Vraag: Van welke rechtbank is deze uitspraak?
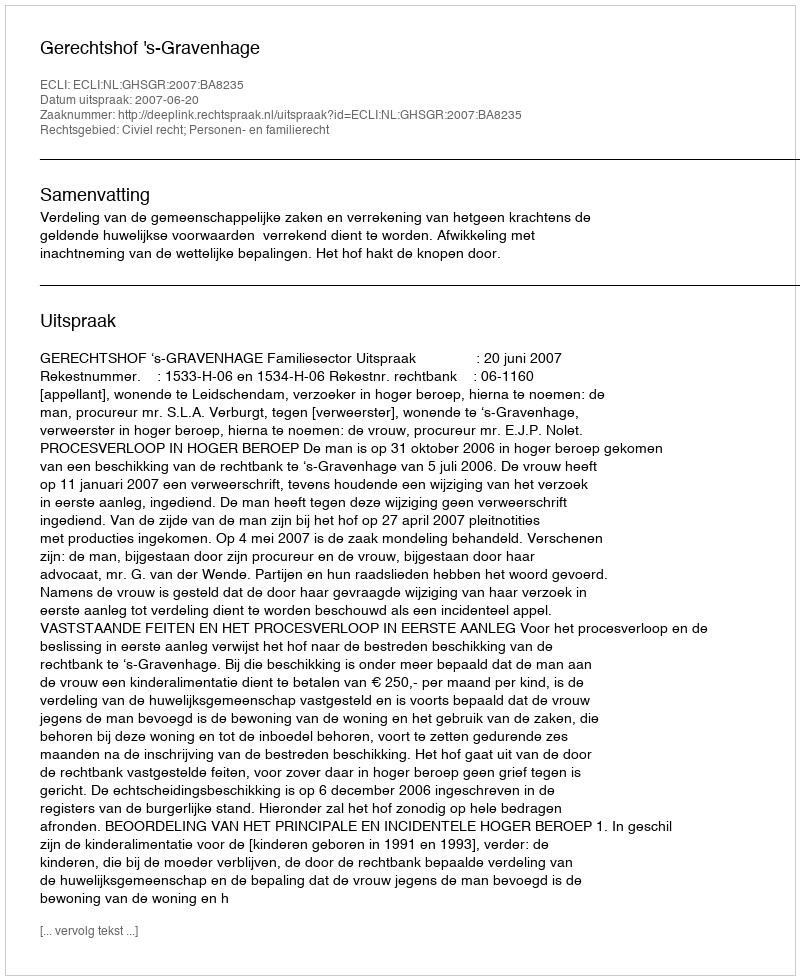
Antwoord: Gerechtshof 's-Gravenhage